Annual administration report of the Civil Veterinary Department of India - 1902-1903
Year: 1902
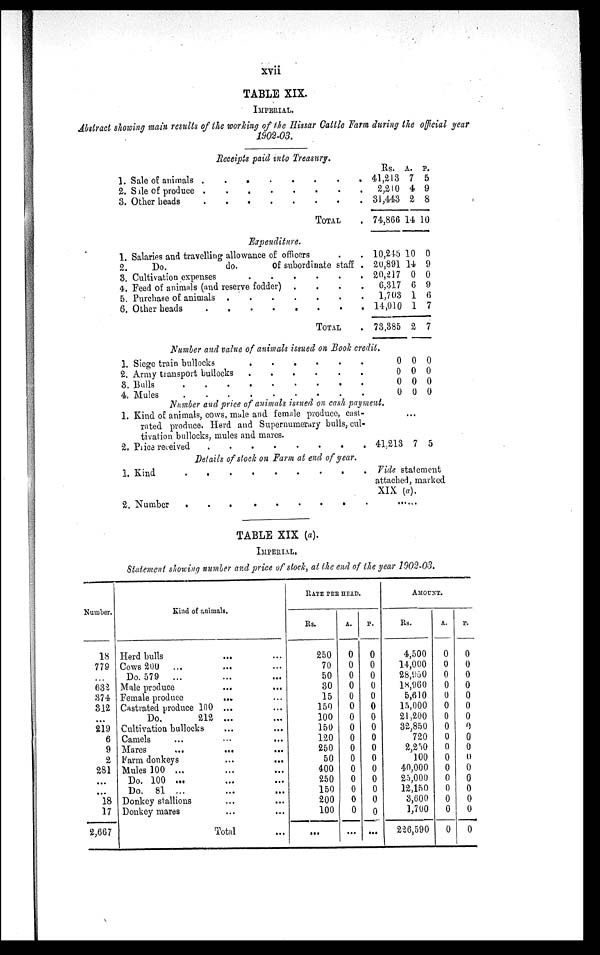
xvii
TABLE XIX.
IMPERIAL.
Abstract showing main results of the working of the Hissar Cattle Farm during the official year
1902-03.
Receipts paid into Treasury.
1. Sale of animals . . . . . .
2. Sale of produce
.
.
.
.
.
.
.
3. Other beads
.
.
.
.
.
.
.
.
TOTAL .
Expenditure.
1. Salaries and travelling allowance of officers . .
2.
Do.
do.
Of subordinate staff .
3. Cultivation expenses
.
.
.
.
.
.
.
4. Feed of animals (and reserve fodder) .
.
.
.
5. Purchase of animals
.
.
.
.
.
6. Other heads
.
.
.
.
.
.
.
TOTAL .
Rs.
41,213
2,210
31,443
74,866
A.
7
4
2
14
P.
5
9
8
10
10,245
20,891
20,217
6,317
1,703
14,010
73,385
10
14
0
6
1
1
2
0
9
0
9
6
7
7
Number and value of animals issued on Book credit.
1. Siege train bullocks . . . . .
2. Army transport bullocks
.
.
.
.
.
.
3. Bulls
.
.
.
.
.
.
4, Mules
.
.
.
.
.
.
0
0
0
0
0
0
0
0
0
0
0
0
Number and price of animals issued on cash payment,
1. Kind of animals, cows, male and female produce, cast-
rated produce. Herd and Supernumerary bulls, cul-
tivation bullocks, mules and mares.
2. Price received
.
.
.
.
.
.
Details of stock on Farm at end of year.
1. Kind
.
.
.
.
.
.
.
.
.
2. Number
.
.
.
.
.
.
.
.
...
41,213 7 5
Vide statement
attached, marked
XIX (a).
. . . . . .
TABLE XIX (a).
IMPERIAL
Statement showing number and price of stock, at the end of the year 1902-03.
Number.
18
779
...
632
374
312
...
219
6
9
2
281
...
...
18
17
2,667
Kind of animals.
Herd bulls ... ...
Cows 200 ... ... ...
Do. 579 ... ... ...
Male produce ... ...
Female produce ... ...
Castrated produce 100 ... ...
Do.
212 ... ...
Cultivation bullocks ... ...
Camels ... ...
Mares ... ...
Farm donkeys ... ...
Mules 100 ... ... ...
Do. 100 ... ... ...
Do. 81 ... ... ...
Donkey stallions ... ...
Donkey mares ... ...
Total
...
RATE PER HEAD.
Rs.
250
70
50
30
15
150
100
150
120
250
50
400
250
150
200
100
...
A.
0
0
0
0
0
0
0
0
0
0
0
0
0
0
0
0
...
P.
0
0
0
0
0
0
0
0
0
0
0
0
0
0
0
0
. ..
AMOUNT.
Rs.
4,500
14,000
28,950
18,960
5,610
15,000
21,200
32,850
720
2,250
100
40.000
25,000
12,150
3,600
1,700
226,590
A.
0
0
0
0
0
0
0
0
0
0
0
0
0
0
0
0
0
P.
0
0
0
0
0
0
0
0
0
0
0
0
0
0
0
0
0